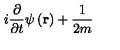
i \frac { \partial } { \partial t } \psi \left( \mathbf { r } \right) + \frac { 1 } { 2 m }